Insane asylums in Bengal annual reports 1867-1875 - 1867-1875
Year: 1867
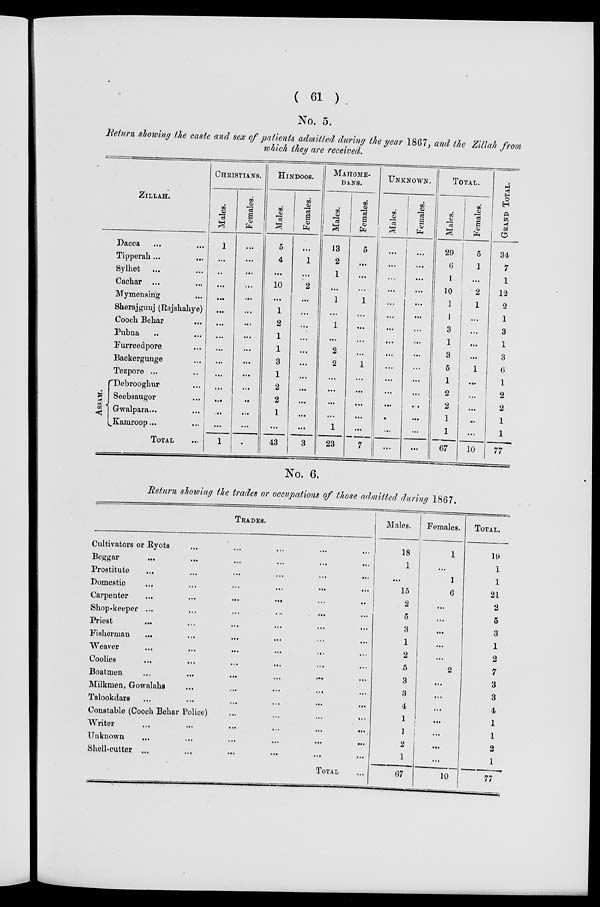
( 61 )
No. 5.
Return showing the caste and sex of patients admitted during the year 1867, and the Zillah from
which they are received.
ZILLAH.
Dacca ... ...
Tipperah ... ...
Sylhet ... ...
Cachar ... ...
Mymensirig ...
Sherajgunj (Rajshahye)
Cooch Behar ...
Pubna ...
Furreedpore ...
Backergunge ...
Tezpore ...
ASSAM
Debrooghur ...
Seebsaugor ...
Gwalpara... ...
Kamroop... ...
TOTAL ...
CHRISTIANS.
Males.
1
...
..
...
...
...
...
...
...
...
...
...
...
...
...
1
Females.
...
...
...
...
...
...
...
...
...
...
...
...
...
...
...
...
HINDOOS.
Males.
5
4
...
10
...
1
2
1
1
3
1
2
2
1
...
43
Females.
...
1
...
2
...
...
...
...
...
...
...
...
...
...
...
3
MAHOME-
DANS.
Males.
13
2
1
...
1
...
1
...
2
2
...
...
...
...
1
23
Females.
5
...
...
...
1
...
...
...
...
1
...
...
...
...
...
7
UNKNOWN.
Males.
...
...
...
...
...
...
...
...
...
...
...
...
...
...
...
...
Females.
...
...
...
...
...
...
...
...
...
...
...
...
...
...
...
...
TOTAL.
Males.
29
6
1
10
1
1
3
1
3
5
1
2
2
1
1
67
Females.
5
1
...
2
1
...
...
...
...
1
...
...
...
...
...
10
GRAND TOTAL.
34
7
1
12
2
1
3
1
3
6
1
2
2
1
1
77
No. 6.
Return showing the trades or occupations of those admitted during 1867.
TRADES.
Cultivators or Ryots ... ... ... ...
Beggar ... ... ... ... ... ...
Prostitute ... ... ... ... ... ...
Domestic ... ... ... ... ... ...
Carpenter
.... ... ... ... ... ...
Shop-keeper ... ... ... ... ... ...
Priest
...
...
...
...
...
...
Fisherman ... ... ... ... ... ...
Weaver
...
...
...
...
...
Coolies ... ... ... ...
Boatmen ... ... ... ...
Milkmen, Gowalahs ... ... ... ...
Talookdars ... ... ... ...
Constable (Cooch Behar Police) ... ... ... ...
Writer ... ... ... ... ... ...
Unknown
...
...
...
...
...
...
Shell-cutter ... ... ... ... ... ...
TOTAL ...
Males.
18
1
...
15
2
5
3
1
2
5
3
3
4
1
1
2
1
67
Females.
1
...
1
6
...
...
...
...
...
2
...
...
...
...
...
...
...
10
TOTAL.
19
1
1
21
2
5
3
1
2
7
3
3
4
1
1
2
1
77